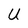
Character: U